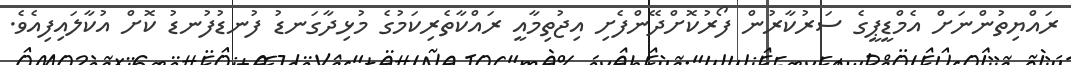
ރައްޔިތުންނަށް އެމްޑީޕީގެ ސަރުކާރުން ފޯރުކޮށްދޭންފެށި އިޖުތިމާއީ ރައްކާތެރިކަމުގެ މުޅިދާގަނޑު ފުނޑުފުނޑު ކޮށް އުކާލައިފިއެވެ.